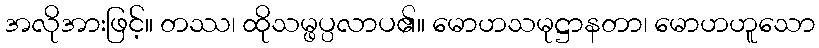
အလိုအားဖြင့်။ တဿ၊ ထိုသမ္ဖပ္ပလာပ၏။ မောဟသမုဋ္ဌာနတာ၊ မောဟဟူသော